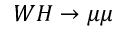
W H \to \mu \mu